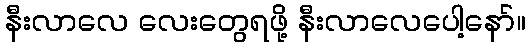
နီးလာလေ လေးတွေရဖို့ နီးလာလေပေါ့နော်။